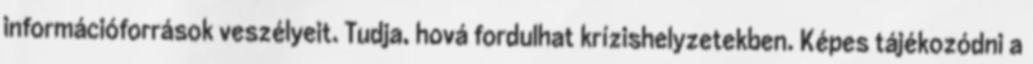
információforrások veszélyeit. Tudja, hová fordulhat krízishelyzetekben. Képes tájékozódni a